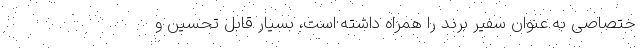
ختصاصی به عنوان سفیر برند را همراه داشته است، بسیار قابل تحسین و